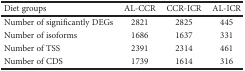
| Diet groups | AL-CCR | CCR-ICR | AL-ICR |
 | --- | --- | --- | --- |
 | Number of significantly DEGs | 2821 | 2825 | 445 |
 | Number of isoforms | 1686 | 1637 | 331 |
 | Number of TSS | 2391 | 2314 | 461 |
 | Number of CDS | 1739 | 1614 | 316 |